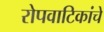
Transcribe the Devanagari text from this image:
रोपवाटिकांचे